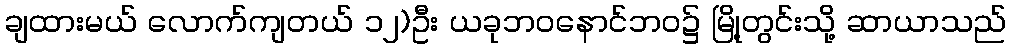
ချထားမယ် လောက်ကျတယ် ၁၂)ဦး ယခုဘဝနောင်ဘဝ၌ မြို့တွင်းသို့ ဆာယာသည်